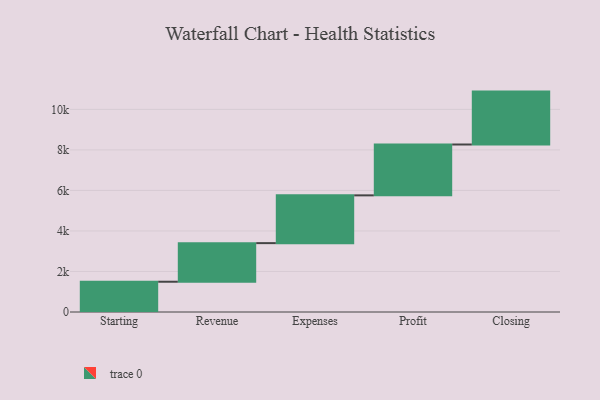
{"axis": {"x": "Step", "y": "Value"}, "legend": [""], "data": [{"x": "Starting", "y": 1494.0, "type": ""}, {"x": "Revenue", "y": 1905.0, "type": ""}, {"x": "Expenses", "y": 2358.0, "type": ""}, {"x": "Profit", "y": 2510.0, "type": ""}, {"x": "Closing", "y": 2611.0, "type": ""}]}